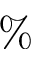
{ \% }